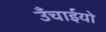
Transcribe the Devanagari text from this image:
उँचाईयो